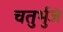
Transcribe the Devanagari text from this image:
चतुर्भुजं